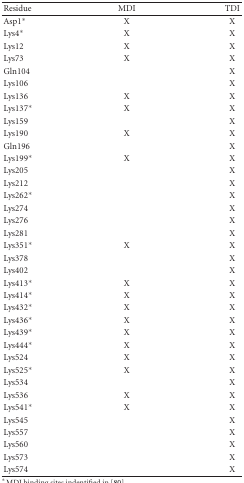
<table><thead><tr><td><b>Residue</b></td><td><b>MDI</b></td><td><b>TDI</b></td></tr></thead><tbody><tr><td> Asp1*</td><td>X</td><td>X</td></tr><tr><td>Lys4*</td><td>X</td><td>X</td></tr><tr><td>Lys12</td><td>X</td><td>X</td></tr><tr><td>Lys73</td><td>X</td><td>X</td></tr><tr><td>Gln104</td><td></td><td>X</td></tr><tr><td>Lys106</td><td></td><td>X</td></tr><tr><td>Lys136</td><td>X</td><td>X</td></tr><tr><td>Lys137*</td><td>X</td><td>X</td></tr><tr><td>Lys159</td><td></td><td>X</td></tr><tr><td>Lys190</td><td>X</td><td>X</td></tr><tr><td>Gln196</td><td></td><td>X</td></tr><tr><td>Lys199*</td><td>X</td><td>X</td></tr><tr><td>Lys205</td><td></td><td>X</td></tr><tr><td>Lys212</td><td></td><td>X</td></tr><tr><td>Lys262*</td><td></td><td>X</td></tr><tr><td>Lys274</td><td></td><td>X</td></tr><tr><td>Lys276</td><td></td><td>X</td></tr><tr><td>Lys281</td><td></td><td>X</td></tr><tr><td>Lys351*</td><td>X</td><td>X</td></tr><tr><td>Lys378</td><td></td><td>X</td></tr><tr><td>Lys402</td><td></td><td>X</td></tr><tr><td>Lys413*</td><td>X</td><td>X</td></tr><tr><td>Lys414*</td><td>X</td><td>X</td></tr><tr><td>Lys432*</td><td>X</td><td>X</td></tr><tr><td>Lys436*</td><td>X</td><td>X</td></tr><tr><td>Lys439*</td><td>X</td><td>X</td></tr><tr><td>Lys444*</td><td>X</td><td>X</td></tr><tr><td>Lys524</td><td>X</td><td>X</td></tr><tr><td>Lys525*</td><td>X</td><td>X</td></tr><tr><td>Lys534</td><td></td><td>X</td></tr><tr><td>Lys536</td><td>X</td><td>X</td></tr><tr><td>Lys541*</td><td>X</td><td>X</td></tr><tr><td>Lys545</td><td></td><td>X</td></tr><tr><td>Lys557</td><td></td><td>X</td></tr><tr><td>Lys560</td><td></td><td>X</td></tr><tr><td>Lys573</td><td></td><td>X</td></tr><tr><td>Lys574</td><td></td><td>X</td></tr></tbody></table>